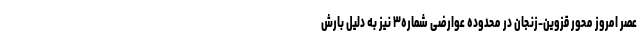
عصر امروز محور قزوین-زنجان در محدوده عوارضی شماره۳ نیز به دلیل بارش